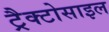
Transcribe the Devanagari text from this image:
ट्रैक्टोसाइल